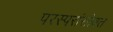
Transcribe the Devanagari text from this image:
परस्परांसोबत